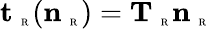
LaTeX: {\mathbf t}_{\mathrm{~\tiny~R~}}({\mathbf n}_{\mathrm{~\tiny~R~}})={\mathbf T}_{\mathrm{~\tiny~R~}}{\mathbf n}_{\mathrm{~\tiny~R~}}